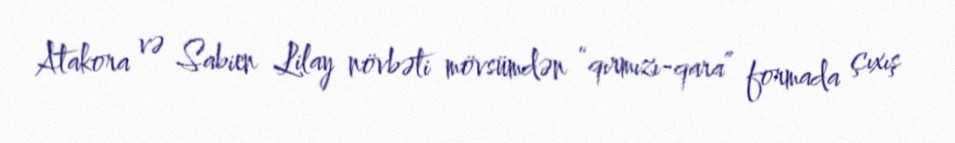
Atakora və Sabien Lilay növbəti mövsümdən “qırmızı-qara” formada çıxış